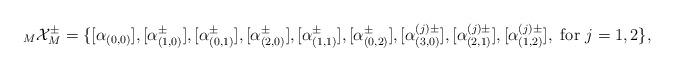
LaTeX: \begin{align*}{}_M \mathcal{X}_M^{\pm} &= \{ [\alpha_{(0,0)}], [\alpha_{(1,0)}^{\pm}], [\alpha_{(0,1)}^{\pm}], [\alpha_{(2,0)}^{\pm}], [\alpha_{(1,1)}^{\pm}], [\alpha_{(0,2)}^{\pm}], [\alpha_{(3,0)}^{(j)\pm}], [\alpha_{(2,1)}^{(j)\pm}], [\alpha_{(1,2)}^{(j)\pm}], \mbox{ for } j=1,2 \},\\\end{align*}